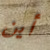
أين